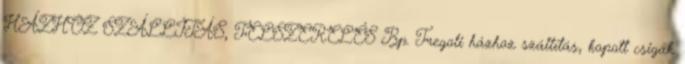
HÁZHOZ SZÁLLÍTÁS, FELSZERELÉS Bp. Fregoli házhoz szállítás, kopott csigák